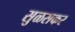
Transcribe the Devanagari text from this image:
सुळसकर